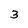
Character: 3